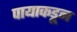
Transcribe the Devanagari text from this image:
पायाकडून